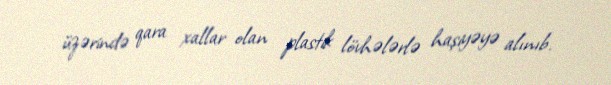
üzərində qara xallar olan plastik lövhələrlə haşiyəyə alınıb.